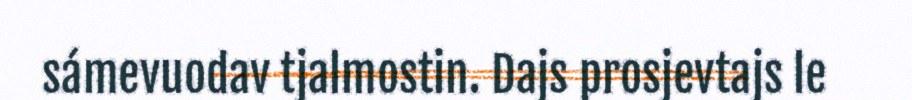
sámevuodav tjalmostin. Dajs prosjevtajs le